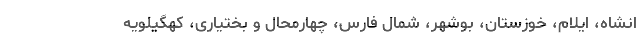
انشاه، ایلام، خوزستان، بوشهر، شمال فارس، چهارمحال و بختیاری، کهگیلویه